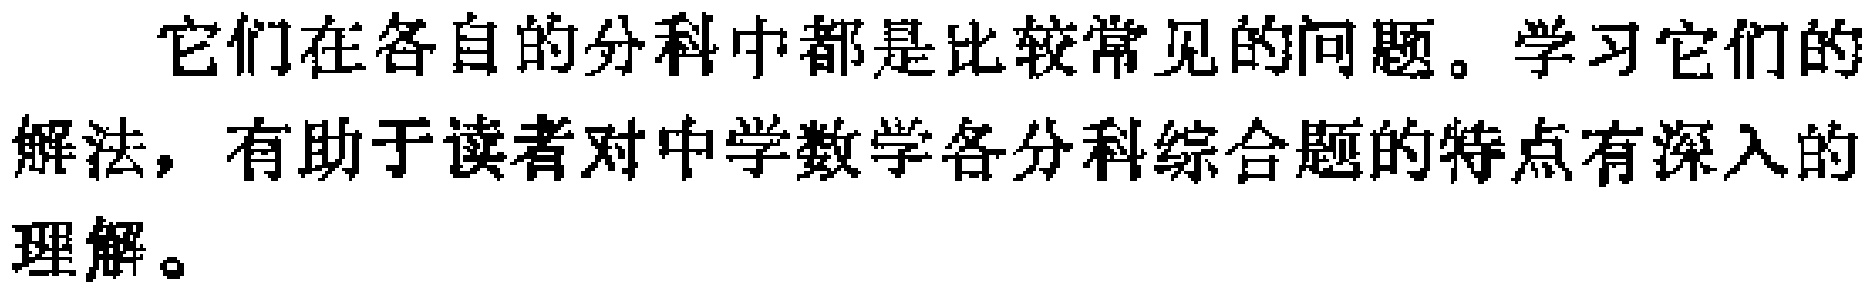
它们在各自的分科中都是比较常见的问题。学习它们的解法，有助于读者对中学数学各分科综合题的特点有深入的理解。